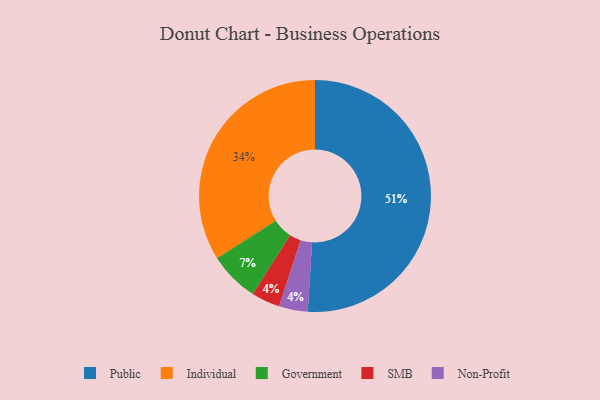
{"axis": {"x": "Category", "y": "Percentage"}, "legend": ["Government", "Individual", "Non-Profit", "Public", "SMB"], "data": [{"x": "SMB", "y": 4, "type": "SMB"}, {"x": "Individual", "y": 34, "type": "Individual"}, {"x": "Government", "y": 7, "type": "Government"}, {"x": "Public", "y": 51, "type": "Public"}, {"x": "Non-Profit", "y": 4, "type": "Non-Profit"}]}